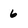
Character: 6